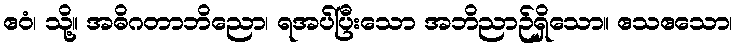
ဧဝံ၊ သို့။ အဓိဂတာဘိညော၊ ရအပ်ပြီးသော အဘိညာဉ်ရှိသော။ ဧသဧသော၊